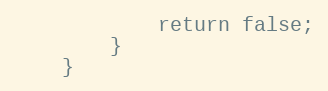
Language: PHP
            return false;
        }
    }